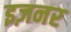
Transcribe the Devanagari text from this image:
इज़नर